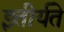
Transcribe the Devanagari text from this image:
इतीर्यते